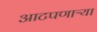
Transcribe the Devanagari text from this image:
आटपणाऱ्या